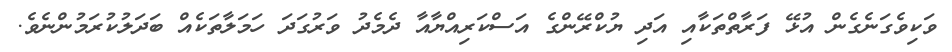
ވަކިވެގަނެގެން އުޅޭ ފަރާތްތަކާއި އަދި ޔުކްރޭންގެ އަސްކަރިއްޔާއާ ދެމެދު ވަރުގަދަ ހަމަލާތަކެއް ބަދަލުކުރަމުންނެވެ.